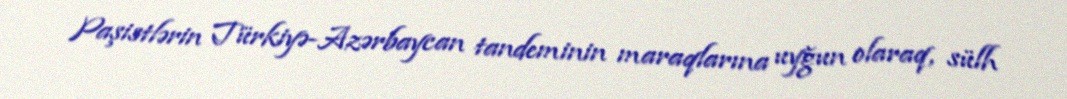
Paşistlərin Türkiyə-Azərbaycan tandeminin maraqlarına uyğun olaraq, sülh